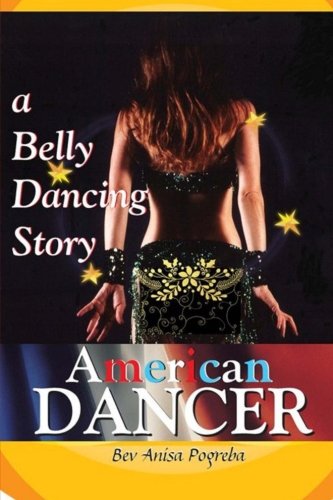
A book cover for American Dancer: A Belly Dancing Story; Bev Anisa Pogreba; Biographies & Memoirs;